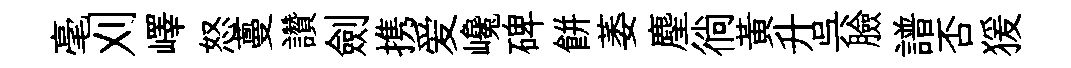
毫刈嶧怒蔓讚劍携爱巉碑餅萎麈徜黃升呉臉譜否猨